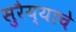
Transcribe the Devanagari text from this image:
सुरैय्याचे